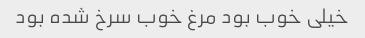
خیلی خوب بود مرغ خوب سرخ شده بود